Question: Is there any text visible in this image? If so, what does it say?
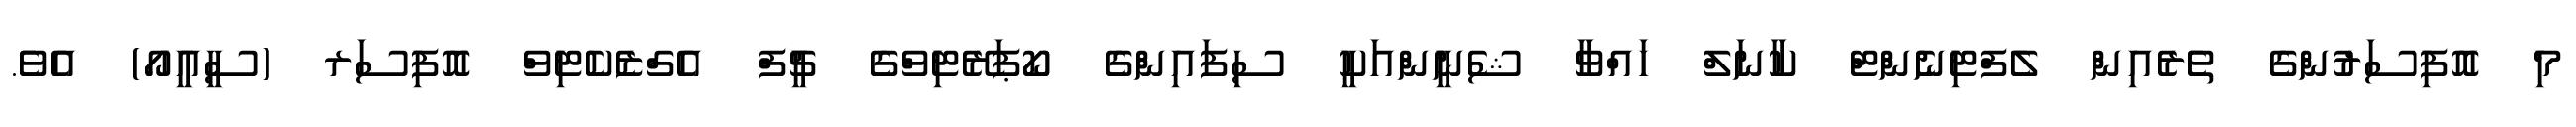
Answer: މި އޮފިސަރުންގެ ތެރެއިން ލެފްޓިނެންޓް ކާނަލް ހައްވާ ޝެނީންއަކީ ސިފައިންގެ ކޯޕަރޭޓިވްގެ ޗީފް އެގްޒެކެޓިވް އޮފިސަރ (ސީއީއޯ) އެވެ.